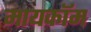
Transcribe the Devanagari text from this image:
मायकॉम